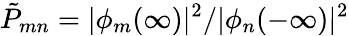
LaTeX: {\tilde{P}}_{mn}=|\phi_{m}(\infty)|^{2}/|\phi_{n}(-\infty)|^{2}